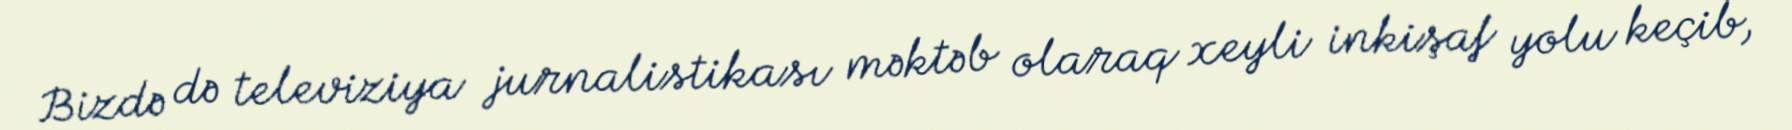
Bizdə də televiziya jurnalistikası məktəb olaraq xeyli inkişaf yolu keçib,